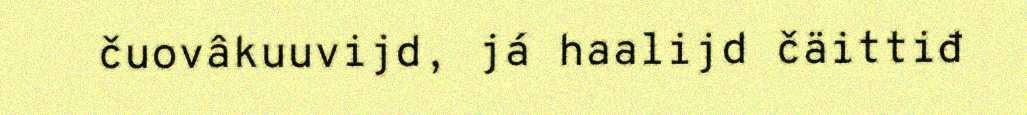
čuovâkuuvijd, já haalijd čäittiđ